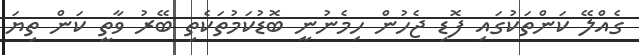
ގެއްލޭ ކަންތަކުގައި ފޮޑި ޖެހުން ހިމެނުނީ ބޮޑުކަމުތަކެތި ބޭރު ވާތީ ކަން ތިޔަ